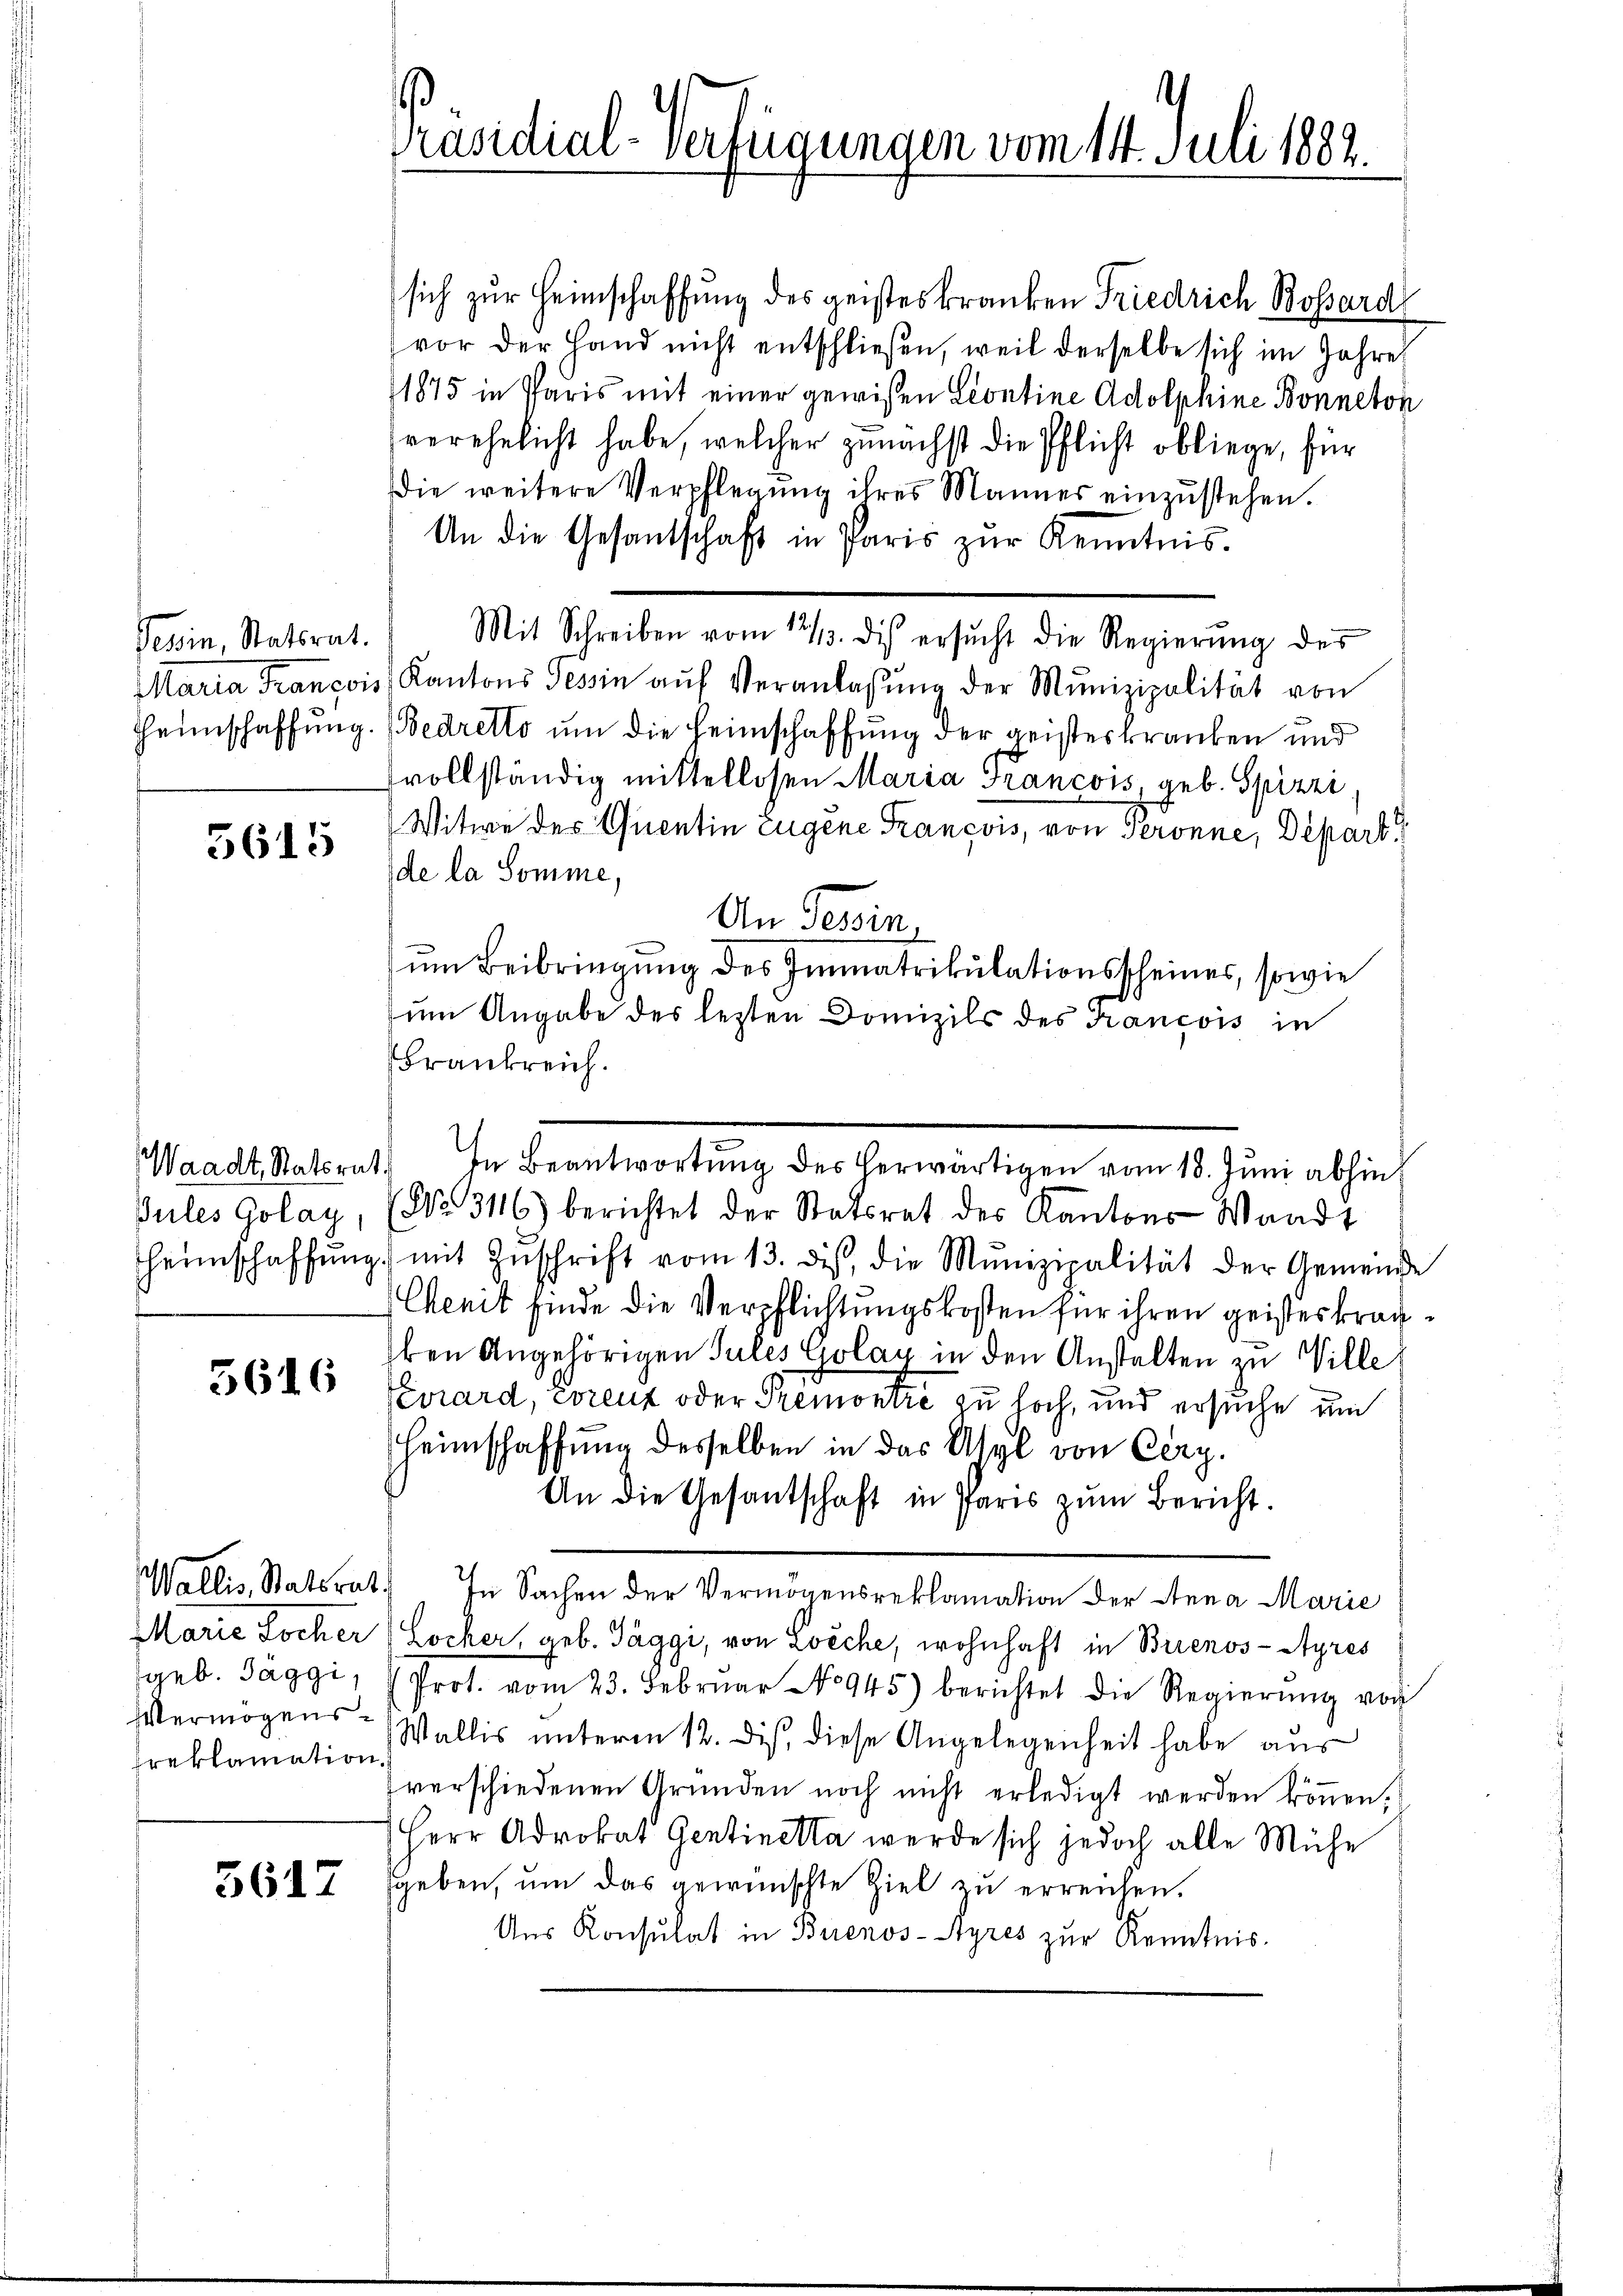
Tessin, Statsrat.

5615

5616

Preklamation.

5617

Präsidial-Verfügungen vom 14. Juli 1882.

sich zur Heimschaffung des geisteskranken Friedrich Bossard
vor der Hand nicht entschließen, weil derselbe sich im Jahre
1875 in Paris mit einer gewißen Leontine Adolphine Bonneton
verehelicht habe, welcher zunächst die Pflicht obliege, für
die weitere Verpflegung ihres Männer einzustehen.
An die Gesandtschaft in Paris zŭr Kenntnis.
Mit Schreiben vom 12/3. dis ersŭcht die Regierŭng des
Maria François Kantons Tessin aŭf Veranlassŭng der Munizipalität von
Heimschaffung. (Bedretto um die Heimschaffung der geisterkranken und
fvollständig mittellosen Maria Francois, geb. Spizzi
Witwe der Quentin Eugene François, von Seronne, Depart
de la Somme,
An Tessin.
um Beibringung des Immatrikulationsscheines, sowie
zum Angabe des lezten Domizils des François in
Frankreich.
Waadt Statorat. In Beantwortŭng des herwärtigen vom 18. Jŭni abhin
Pules Golay, (No. 3116) berichtet der Statsrat des Kantons Waadt
heimschaffŭng mit Zŭschrift vom 13. des, die Munizipalität der Gemeinde
Cenit finde die Verpflichtungskosten für ihren geisteskragben Angehörigen Sules Golay in den Anstalten zu Ville
Pewrard, worenz oder Premontić zu hoch, und ersuche um
Heimschaffung desselben in das Asyl von Cerz.
An die Gesantschaft in Paris zŭm Bericht.
Wallis, Statsrat) In Sachen der Vermögensreklamation der Anna Marie
Marie Locher (Locker, geb. Taggi, von Zoeche, wohnhaft in Brienos-Ayres
geb. Taggi, Prot. vom 23. Februar No 945) berichtet die Regierŭng von
Vermögens- Wallis unterm 12. dis, diese Angelegenheit habe aus
verschiedenen Gründen noch nicht erledigt werden können.
Herr Advokat Gentinetta werde sich jedoch alle Mühe
geben, um das gewünschte Ziel zu erreichen.
Aus Konsulat in Buenos-Ayres zur Kenntnis.